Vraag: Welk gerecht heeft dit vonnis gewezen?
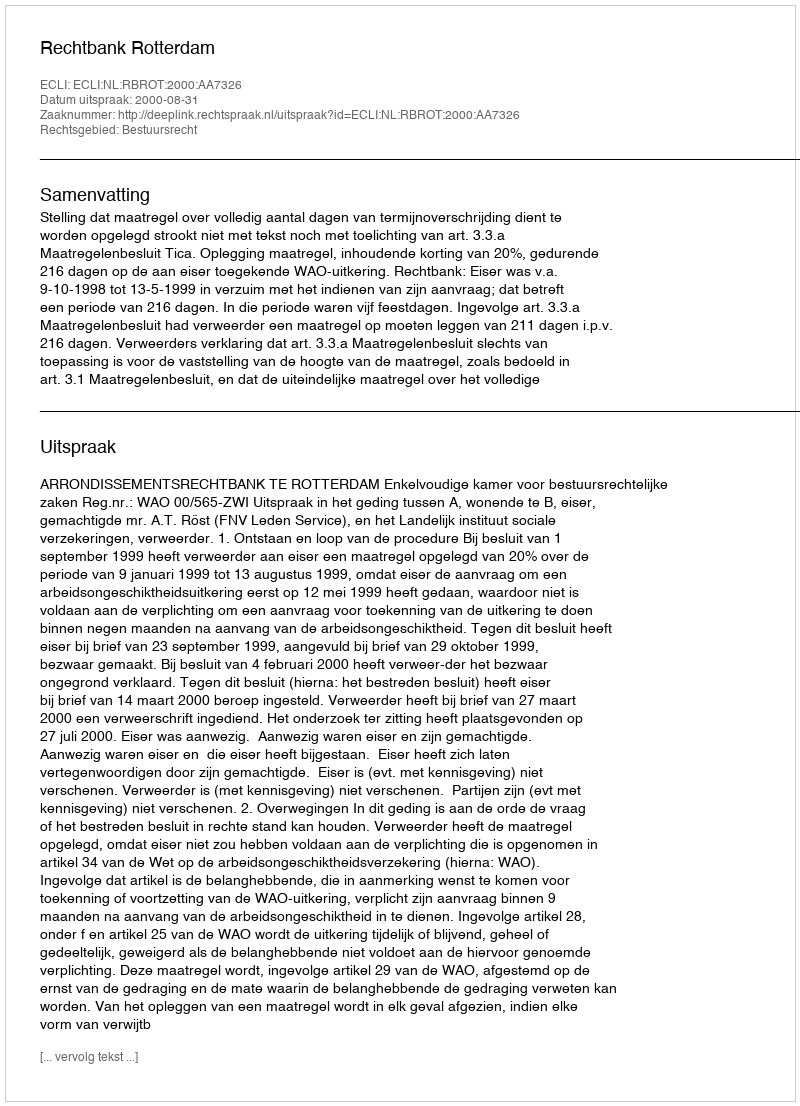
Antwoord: Rechtbank Rotterdam